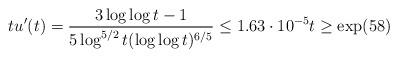
LaTeX: \begin{align*} t u'(t) &= \frac{3\log \log t - 1}{5\log ^{5/2}t(\log\log t)^{6/5}} \le 1.63\cdot 10^{-5} t \ge \exp(58)\end{align*}